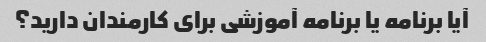
آیا برنامه یا برنامه آموزشی برای کارمندان دارید؟